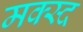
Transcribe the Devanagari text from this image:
मक्स्द